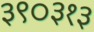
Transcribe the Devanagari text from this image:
३९०३१३